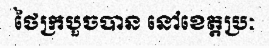
ថៃក្របួចបាន នៅខេត្តប្រៈ